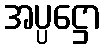
အပ္ပဋ္ဌော